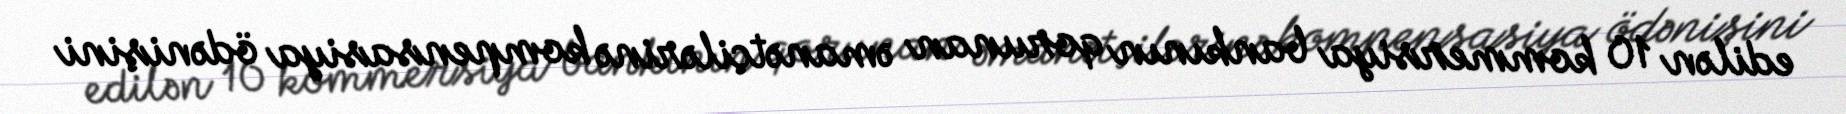
edilən 10 kommersiya bankının qorunan əmanətçilərinə kompensasiya ödənişini